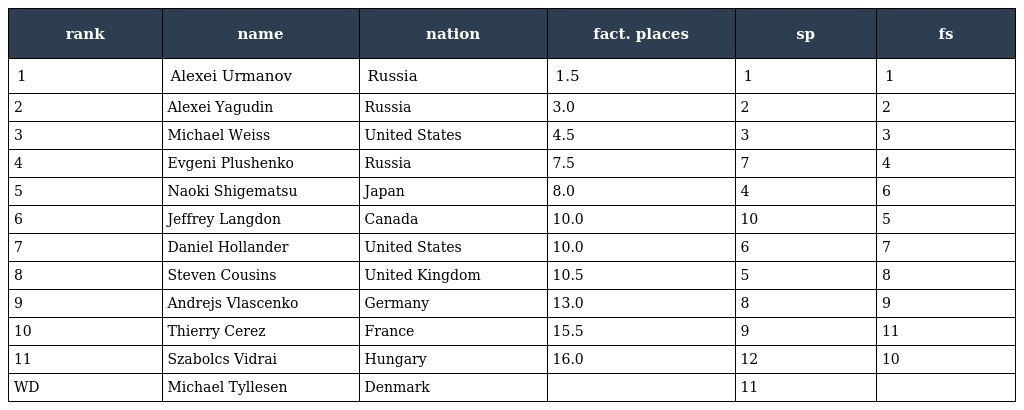
| rank | name | nation | fact. places | sp | fs |
 | --- | --- | --- | --- | --- | --- |
 | 1 | Alexei Urmanov | Russia | 1.5 | 1 | 1 |
 | 2 | Alexei Yagudin | Russia | 3.0 | 2 | 2 |
 | 3 | Michael Weiss | United States | 4.5 | 3 | 3 |
 | 4 | Evgeni Plushenko | Russia | 7.5 | 7 | 4 |
 | 5 | Naoki Shigematsu | Japan | 8.0 | 4 | 6 |
 | 6 | Jeffrey Langdon | Canada | 10.0 | 10 | 5 |
 | 7 | Daniel Hollander | United States | 10.0 | 6 | 7 |
 | 8 | Steven Cousins | United Kingdom | 10.5 | 5 | 8 |
 | 9 | Andrejs Vlascenko | Germany | 13.0 | 8 | 9 |
 | 10 | Thierry Cerez | France | 15.5 | 9 | 11 |
 | 11 | Szabolcs Vidrai | Hungary | 16.0 | 12 | 10 |
 | WD | Michael Tyllesen | Denmark |  | 11 |  |